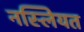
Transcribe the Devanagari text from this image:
नस्लियत